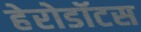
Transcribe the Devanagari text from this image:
हेरोडॉटस